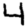
Digit: 4